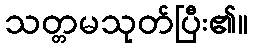
သတ္တမသုတ်ပြီး၏။